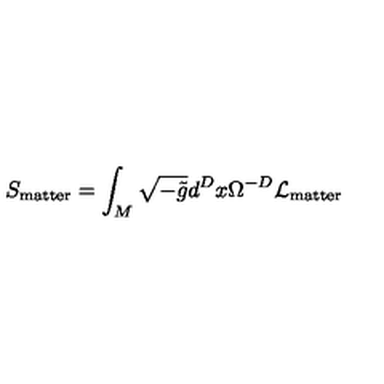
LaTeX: S _ { \mathrm { m a t t e r } } = \int _ { M } \sqrt { - \tilde { g } } d ^ { D } x \Omega ^ { - D } { \cal L } _ { \mathrm { m a t t e r } }